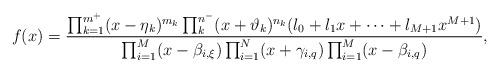
LaTeX: \begin{align*}f(x)=\frac{\prod_{k=1}^{m^+}(x-\eta_k)^{m_k}\prod_{k}^{n^-}(x+\vartheta_k)^{n_k}(l_0+l_1x+\cdots+l_{M+1}x^{M+1})}{\prod_{i=1}^{M}(x-\beta_{i,\xi})\prod_{i=1}^{N}(x+\gamma_{i,q})\prod_{i=1}^{M}(x-\beta_{i,q})},\end{align*}